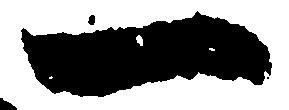
一